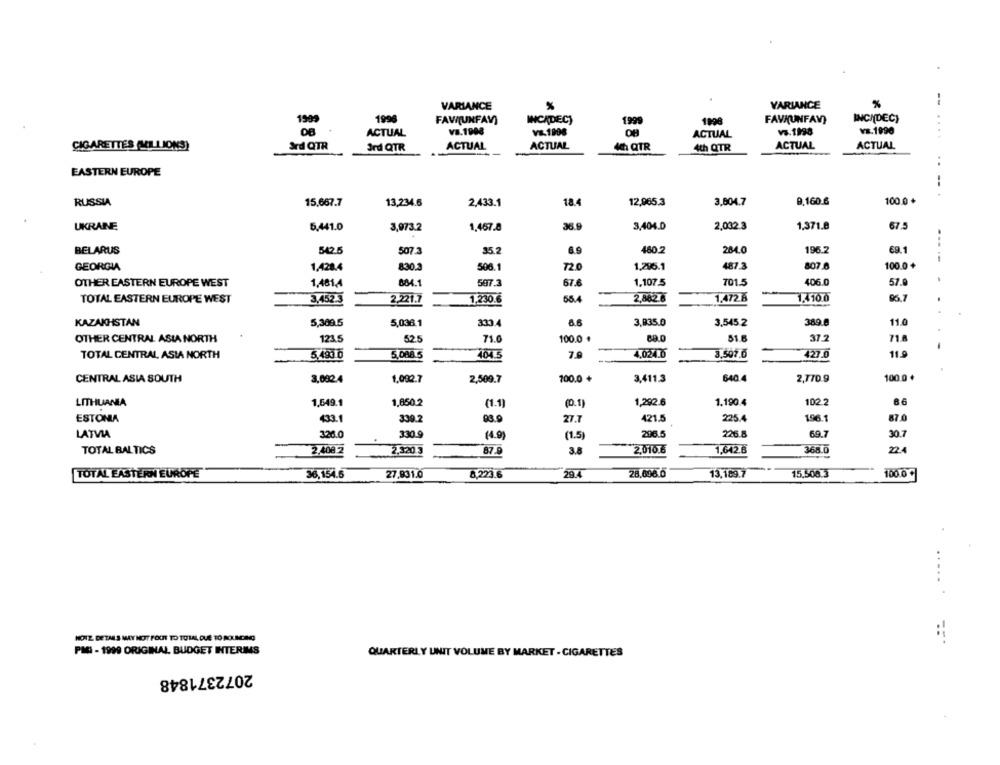
VARIANCE
%
VARIANCE
--
1999
1996
FAW(UNFAN)
INCADEC)
1999
1998
FAVAUNFAV)
INCIDEC)
VB.1998
vs.1998
vs.1990
08
ACTUAL
VE.1908
ACTUAL
....
CIGARETTES (MILLIONS)
Ard QTR
ACTUAL
ACTUAL
ACTUAL
ACTUAL
3rd QTR
4 QTR
4th QTR
..
EASTERN EUROPE
--
100.0 +
RUSSIA
15,667.7
13,234.6
2.433.1
18.4
12,965.3
3,804.7
9,160.6
UKRAINE
5,441.0
3,973.2
1,467.8
36.9
3,404.0
2,032.3
1,371.8
67.5
..
BELARUS
542.5
507.3
35.2
6.9
480.2
284.0
196.2
€9.1
GEORGIA
1,428.4
8:30.3
506.1
72.0
1.216.1
487.3
807.8
100.0+
OTHER EASTERN EUROPE WEST
1,481.4
804.1
587.3
67.6
1.107.5
701.5
406.0
57.9
TOTAL EASTERN EUROPE WEST
1,230.6
55.4
2,8626
1.472 8
1.410.0
96,7
3,452.3
2,221.7
. .
KAZAKHSTAN
5,30015
5,036.1
6.6
3,835.0
3,545.2
389.8
11.0
333.4
37.2
OTHER CENTRAL ASIA NORTH
123.5
52.5
71.0
100.0 .
69.0
51.6
71.8
4.024.0
11.9
TOTAL CENTRAL ASIA NORTH
5,490 0
5,088 5
404.5
7.9
3.507.0
427.0
CENTRAL ASIA SOUTH
3,092.4
1.092.7
2,509.7
100.0 +
3,411.3
640.4
2,770.9
100.0 +
LITHUANIA
1,649.1
1,850.2
(1.1)
(0.1)
1,292.6
1.190.4
102.2
6.6
ESTONIA
433.1
339.2
93.9
27.7
421.5
225.4
196.1
87.0
LATVIA
326.0
330 9
(4.9)
(1.5)
296.5
226.8
69.7
30.7
TOTAL BAL TICS
2.400 2
2.320 3
87.9
3.8
2.010.6
1.642.0
368.0
22.4
TOTAL EASTERN EUROPE
36,154.6
27.931.0
8,223.6
29.4
28,696.0
13,189.7
15.508.3
100.0 +
..... .
HOTZ DETAILS MAY NOT FOUT TO TOTAL DUE TO ROUNDING
PMI - 1999 ORIGINAL BUDGET INTERIMS
QUARTERLY UNIT VOLUME BY MARKET - CIGARETTES
2072371848